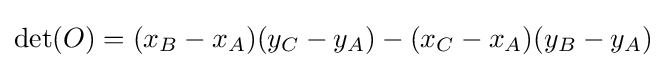
\det(O)=(x_{B}-x_{A})(y_{C}-y_{A})-(x_{C}-x_{A})(y_{B}-y_{A})